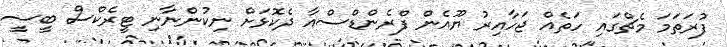
ފުރަތަމަ މެޗްގައި ހަތެއް ޖަހާއިރު ޔޫއެން ފްރެންޑްސްއާ ދެކޮޅަށް ނިކުންނާނި ޓީރެކްސް ބީސީ